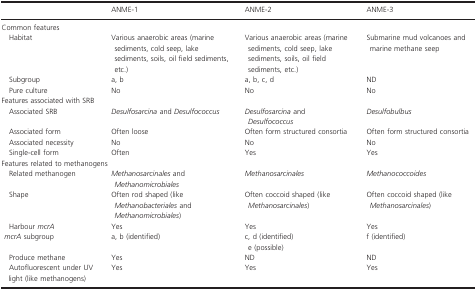
<table><thead><tr><td></td><td><b>ANME-1</b></td><td><b>ANME-2</b></td><td><b>ANME-3</b></td></tr></thead><tbody><tr><td colspan="4">Common features</td></tr><tr><td> Habitat</td><td>Various anaerobic areas (marine sediments, cold seep, lake sediments, soils, oil field sediments, etc.)</td><td>Various anaerobic areas (marine sediments, cold seep, lake sediments, soils, oil field sediments, etc.)</td><td>Submarine mud volcanoes and marine methane seep</td></tr><tr><td> Subgroup</td><td>a, b</td><td>a, b, c, d</td><td>ND</td></tr><tr><td> Pure culture</td><td>No</td><td>No</td><td>No</td></tr><tr><td colspan="4">Features associated with SRB</td></tr><tr><td> Associated SRB</td><td><i>Desulfosarcina</i> and <i>Desulfococcus</i></td><td><i>Desulfosarcina</i> and <i>Desulfococcus</i></td><td><i>Desulfobulbus</i></td></tr><tr><td> Associated form</td><td>Often loose</td><td>Often form structured consortia</td><td>Often form structured consortia</td></tr><tr><td> Associated necessity</td><td>No</td><td>No</td><td>No</td></tr><tr><td> Single-cell form</td><td>Often</td><td>Yes</td><td>Yes</td></tr><tr><td colspan="4">Features related to methanogens</td></tr><tr><td> Related methanogen</td><td><i>Methanosarcinales</i> and <i>Methanomicrobiales</i></td><td><i>Methanosarcinales</i></td><td><i>Methanococcoides</i></td></tr><tr><td> Shape</td><td>Often rod shaped (like <i>Methanobacteriales</i> and <i>Methanomicrobiales</i>)</td><td>Often coccoid shaped (like <i>Methanosarcinales</i>)</td><td>Often coccoid shaped (like <i>Methanosarcinales</i>)</td></tr><tr><td> Harbour <i>mcrA</i></td><td>Yes</td><td>Yes</td><td>Yes</td></tr><tr><td><i> mcrA</i> subgroup</td><td>a, b (identified)</td><td>c, d (identified)</td><td>f (identified)</td></tr><tr><td></td><td></td><td>e (possible)</td><td></td></tr><tr><td> Produce methane</td><td>Yes</td><td>ND</td><td>ND</td></tr><tr><td> Autofluorescent under UV light (like methanogens)</td><td>Yes</td><td>Yes</td><td>Yes</td></tr></tbody></table>